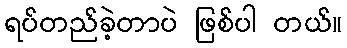
ရပ်တည်ခဲ့တာပဲ ဖြစ်ပါ တယ်။